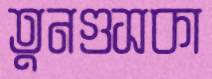
তুনগুসকা